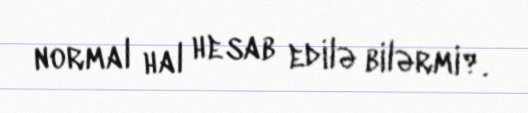
normal hal hesab edilə bilərmi?.